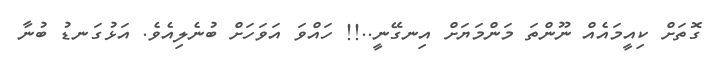
ގޮތަށް ކިއީމައެއް ނޫންތަ މަންމަޔަށް އިނގޭނީ..!! ހައްވަ އަވަހަށް ބުނެލިއެވެ. އަޅުގަނޑު ބުނާ